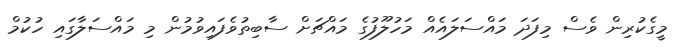
މީގެކުރިން ވެސް މިފަދަ މައްސަލައެއް މަހުލޫފުގެ މައްޗަށް ސާބިތުވެފައިވުމުން މި މައްސަލާގައި ހުކުމް